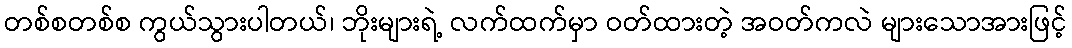
တစ်စတစ်စ ကွယ်သွားပါတယ်၊ ဘိုးများရဲ့ လက်ထက်မှာ ဝတ်ထားတဲ့ အဝတ်ကလဲ များသောအားဖြင့်